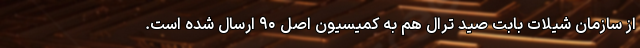
از سازمان شیلات بابت صید ترال هم به کمیسیون اصل ۹۰ ارسال شده است.